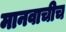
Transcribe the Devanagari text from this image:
मानवाचीच